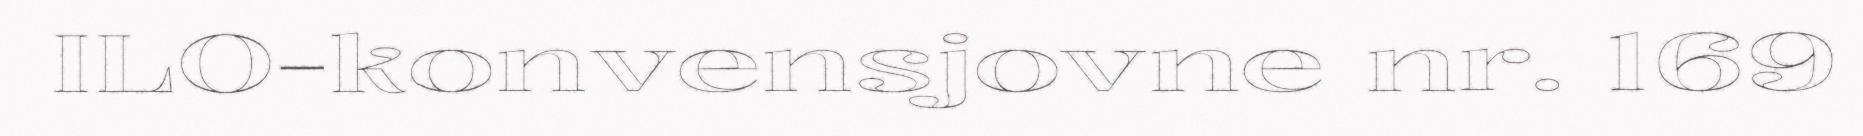
ILO-konvensjovne nr. 169